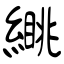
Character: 繉